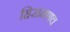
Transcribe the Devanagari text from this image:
हिरामणच